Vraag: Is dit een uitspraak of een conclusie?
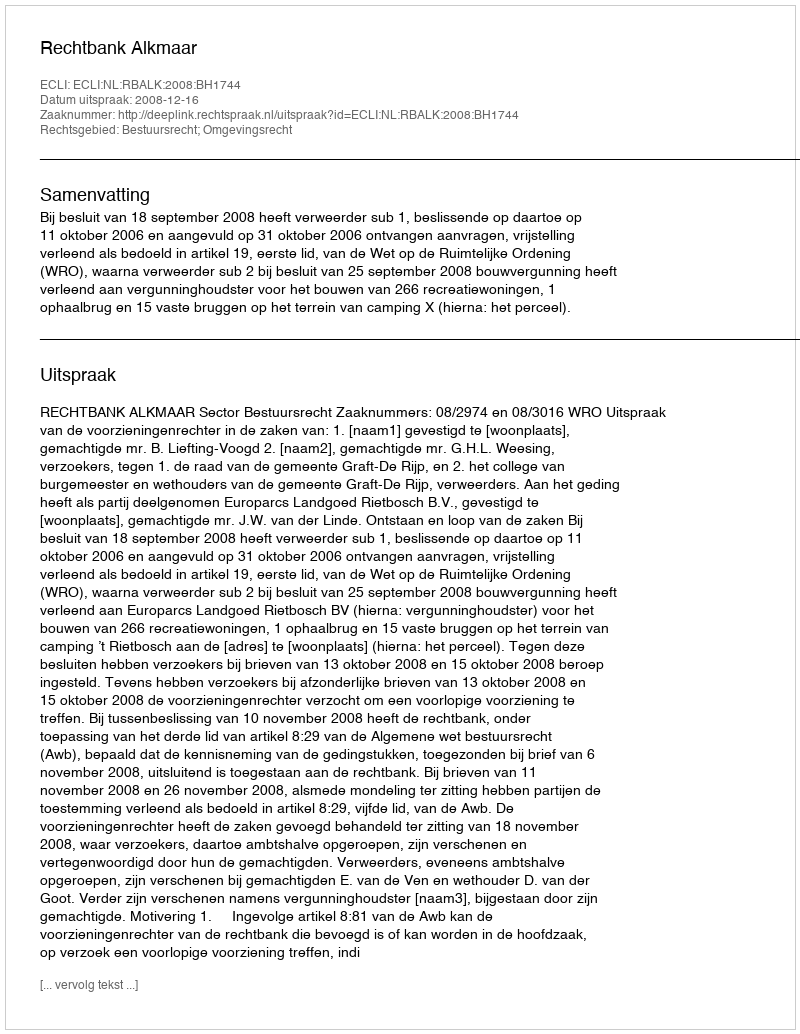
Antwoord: Uitspraak